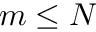
m \leq N